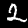
Digit: 2